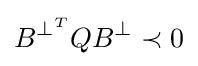
B^{\perp ^{T}}QB^{\perp }\prec 0